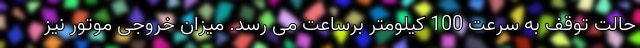
حالت توقف به سرعت 100 کیلومتر برساعت می رسد. میزان خروجی موتور نیز